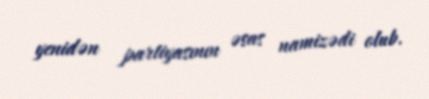
yenidən partiyasının əsas namizədi olub.